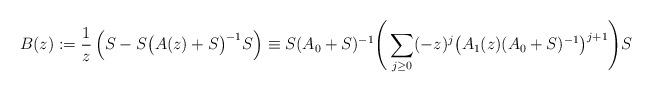
LaTeX: \begin{align*}B(z):=\frac1z\left(S-S\big(A(z)+S\big)^{-1}S\right)\equiv S(A_0+S)^{-1}\Bigg(\sum_{j\ge0}(-z)^j\big(A_1(z)(A_0+S)^{-1}\big)^{j+1}\Bigg)S\end{align*}